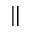
\parallel